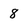
Character: 8